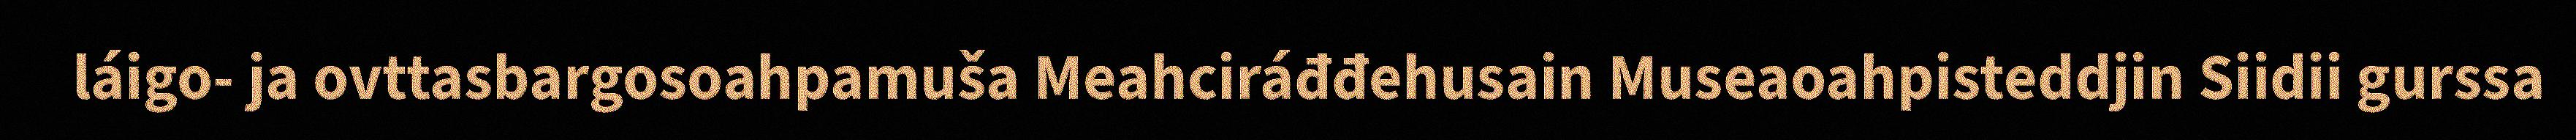
láigo- ja ovttasbargosoahpamuša Meahciráđđehusain Museaoahpisteddjin Siidii gurssa